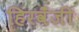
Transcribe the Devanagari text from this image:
हिरवँजी